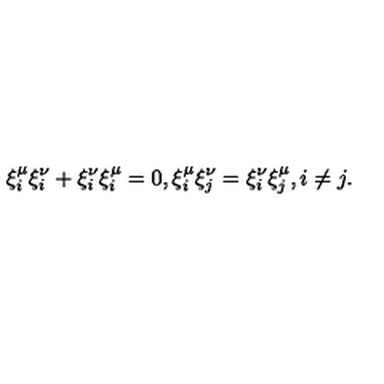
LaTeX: \xi _ { i } ^ { \mu } \xi _ { i } ^ { \nu } + \xi _ { i } ^ { \nu } \xi _ { i } ^ { \mu } = 0 , \xi _ { i } ^ { \mu } \xi _ { j } ^ { \nu } = \xi _ { i } ^ { \nu } \xi _ { j } ^ { \mu } , i \neq j .